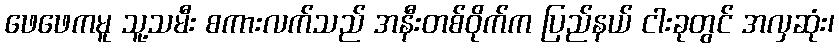
ဖေဖေကမူ သူ့သမီး စကားလက်သည် အနီးတစ်ဝိုက်က ပြည်နယ် ငါးခုတွင် အလှဆုံး၊